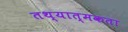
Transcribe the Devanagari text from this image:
तथ्यात्मकता